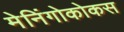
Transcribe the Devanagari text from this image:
मेनिंगोकोकस